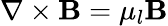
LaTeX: \nabla\times\mathbf{B}=\mu_{l}\mathbf{B}